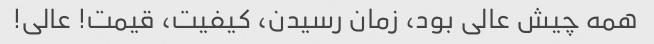
همه چیش عالى بود، زمان رسیدن، کیفیت، قیمت! عالى!